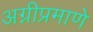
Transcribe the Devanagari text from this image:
अग्नीप्रमाणे